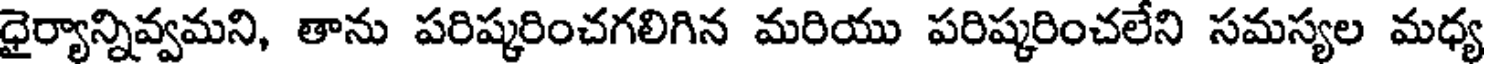
ధైర్యాన్నివ్వమని, తాను పరిష్కరించగలిగిన మరియు పరిష్కరించలేని సమస్యల మధ్య